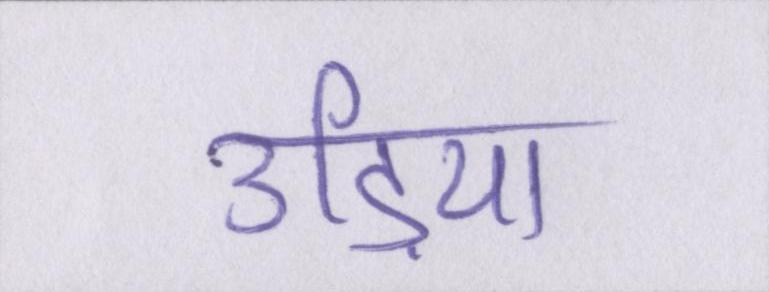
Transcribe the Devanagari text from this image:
उड़िया